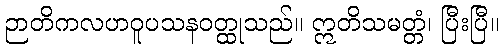
ဉာတိကလဟဝူပသနဝတ္ထုသည်။ ဣတိသမတ္တံ၊ ပြီးပြီ။